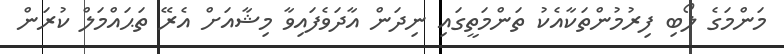
މަންމަގެ ލޯބި ފިރުމުންތަކާއެކު ތަންމަތީގައި ނިދަން އާދަވެފައިވާ މިޝާއަށް އެރޭ ތަޙައްމަލް ކުރަން